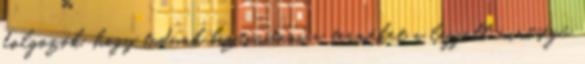
dolgozók, hogy tudunk biztosítani a terméket a legjobb minőségű